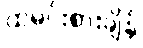
ထမင်းစားချိန်